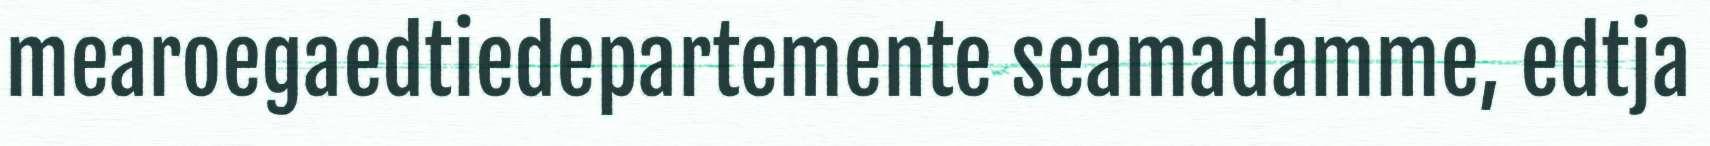
mearoegaedtiedepartemente seamadamme, edtja